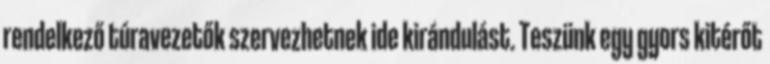
rendelkező túravezetők szervezhetnek ide kirándulást. Teszünk egy gyors kitérőt